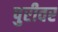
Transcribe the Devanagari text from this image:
पुरीवर